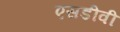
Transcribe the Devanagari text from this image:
एसडीवी